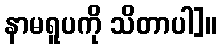
နာမရူပကို သိတာပါ]။